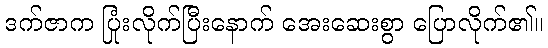
ဒက်ဇာက ပြုံးလိုက်ပြီးနောက် အေးဆေးစွာ ပြောလိုက်၏။